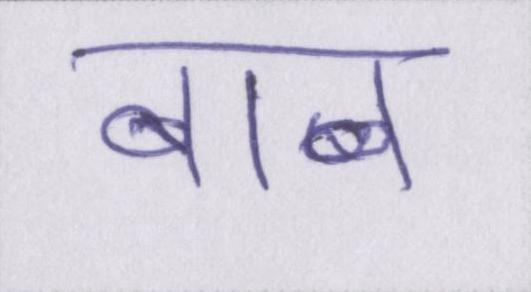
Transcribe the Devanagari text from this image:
बाब